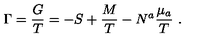
\Gamma = { \frac { G } { T } } = - S + { \frac { M } { T } } - N ^ { a } { \frac { \mu _ { a } } { T } } \ .